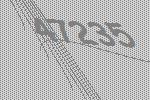
47235